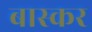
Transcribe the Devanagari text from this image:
बास्कर